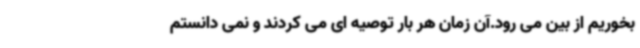
بخوریم از بین می رود.آن زمان هر بار توصیه ای می کردند و نمی دانستم